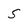
Character: 5